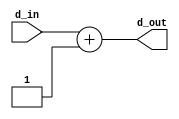
`timescale 1ns/1ps

`define REG_WIDTH 32

module incrementer(d_in, d_out);

input [`REG_WIDTH-1:0] d_in;

output reg [`REG_WIDTH-1:0] d_out;

integer i;

always @* begin
	d_out <= d_in + 1;
end
endmodule